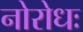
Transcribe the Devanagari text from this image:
नोरोधः